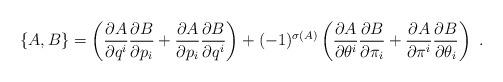
LaTeX: \begin{align*}\left\{A,B\right\} = \left(\frac{\partial A}{\partial q^{i}}\frac{\partial B}{\partial p_{i}} + \frac{\partial A}{\partial p_{i}}\frac{\partial B}{\partial q^{i}}\right)+ (-1)^{\sigma(A)}\left(\frac{\partial A}{\partial \theta^{i}}\frac{\partial B}{\partial \pi_{i}}+ \frac{\partial A}{\partial\pi^{i}}\frac{\partial B}{\partial\theta_{i}}\right)\ .\end{align*}